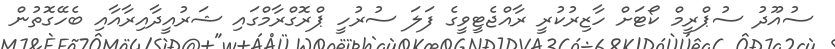
ސުއޫދު ސުޕްރީމް ކޯޓަށް ހާޒިރުކުރީ ރާއްޖެޓީވީގެ ފަލަ ސުރުހީ ޕްރޮގްރާމްގައި ޝަރުއީދާއިރާއާއި ބެހޭގޮތުން